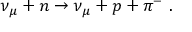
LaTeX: \nu _ { \mu } + n \rightarrow \nu _ { \mu } + p + \pi ^ { - } \ .